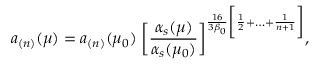
a _ { ( n ) } ( \mu ) = a _ { ( n ) } ( \mu _ { 0 } ) \; \biggl [ \frac { \alpha _ { s } ( \mu ) } { \alpha _ { s } ( \mu _ { 0 } ) } \biggr ] ^ { \frac { 1 6 } { 3 \beta _ { 0 } } \bigg [ \frac { 1 } { 2 } + \ldots + \frac { 1 } { n + 1 } \biggr ] } ,